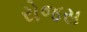
રોજસ